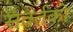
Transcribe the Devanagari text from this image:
संवर्तको